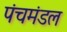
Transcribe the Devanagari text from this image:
पंचमंडल